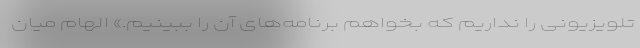
تلویزیونی را نداریم که بخواهم برنامه‌های آن را ببینیم.» الهام میان